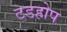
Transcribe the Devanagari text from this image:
टडहोप